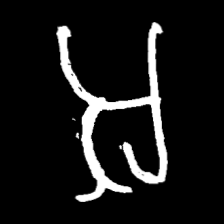
Pyu character \u2014 Myanmar letter: အ (romanized: a)